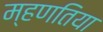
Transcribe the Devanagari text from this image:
म्हणतिया